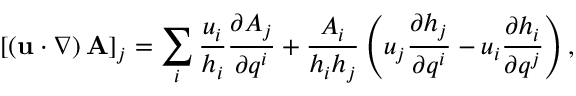
[ \left( \mathbf { u } \cdot \nabla \right) \mathbf { A } ] _ { j } = \sum _ { i } { \frac { u _ { i } } { h _ { i } } } { \frac { \partial A _ { j } } { \partial q ^ { i } } } + { \frac { A _ { i } } { h _ { i } h _ { j } } } \left( u _ { j } { \frac { \partial h _ { j } } { \partial q ^ { i } } } - u _ { i } { \frac { \partial h _ { i } } { \partial q ^ { j } } } \right) ,